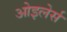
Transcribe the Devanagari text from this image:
ओइलेर्स